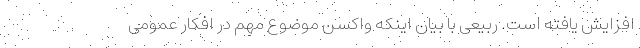
افزایش یافته است. ربیعی با بیان اینکه واکسن موضوع مهم در افکار عمومی